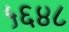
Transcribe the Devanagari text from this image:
५६४८